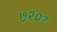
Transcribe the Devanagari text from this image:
७२०१